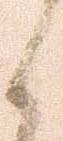
く